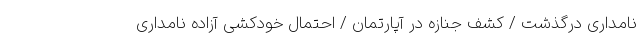
نامداری درگذشت / کشف جنازه در آپارتمان / احتمال خودکشی آزاده نامداری